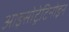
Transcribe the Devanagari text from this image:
आइसोट्रेटिनोइन